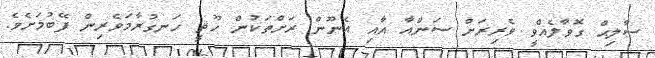
ސާލިޙް ގޮވާލެއްވީ ވެރިރަށް ސަންއާ އާއި އެނޫން ރަށްތަކުން ހޫޘީ ހަނގުރާމަވެރިން ފޭބުމަށެވެ.